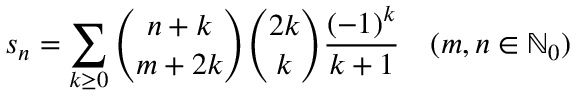
s _ { n } = \sum _ { k \geq 0 } { { \binom { n + k } { m + 2 k } } { \binom { 2 k } { k } } { \frac { ( - 1 ) ^ { k } } { k + 1 } } } \quad ( m , n \in \mathbb { N } _ { 0 } )